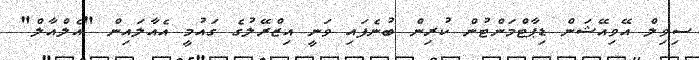
ސިވިލް އޭވިއޭޝަން ޑިޕާޓްމަންޓުން ކުރިން ބުނެފައި ވަނީ އިޒްރޭލުގެ ގައުމީ އެއާލައިން "އެލްއާލް"